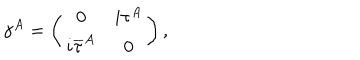
\gamma ^ { A } = \left( \begin{matrix} { { 0 } } & { { i \tau ^ { A } } } \\ { { i { \overline { { \tau } } } ^ { A } } } & { { 0 } } \\ \end{matrix} \right) ,